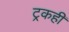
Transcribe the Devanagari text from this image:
ट्रकही